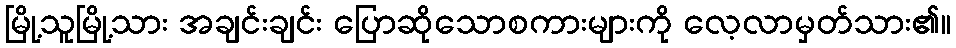
မြို့သူမြို့သား အချင်းချင်း ပြောဆိုသောစကားများကို လေ့လာမှတ်သား၏။